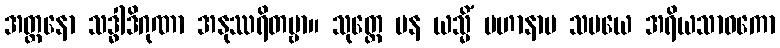
အတ္တနော သဒ္ဓါဒိဂုဏာ အနုဿရိတဗ္ဗာ။ သုတ္တေ ပန ယသ္မိံ မဟာနာမ သမယေ အရိယသာဝကော